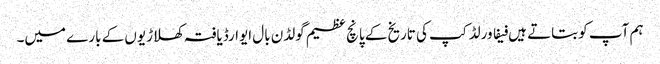
ہم آپ کو بتاتے ہیں فیفا ورلڈ کپ کی تاریخ کے پانچ عظیم گولڈن بال ایوارڈیافتہ کھلاڑیوں کے بارے میں۔